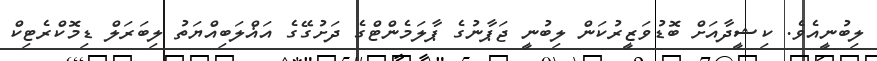
ލިބުނީއެވެ. ކިޝީދާއަށް ބޮޑުވަޒީރުކަން ލިބުނީ ޖަޕާނުގެ ޕާލަމެންޓްގެ ދަށުގޭގެ އަޣްލަބިއްޔަތު ލިބަރަލް ޑިމޮކްރެޓިކް